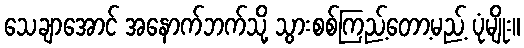
သေချာအောင် အနောက်ဘက်သို့ သွားစစ်ကြည့်တော့မည့် ပုံမျိုး။